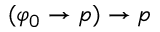
( \varphi _ { 0 } \to p ) \to p